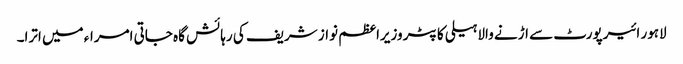
لاہور ائیرپورٹ سے اڑنے والا ہیلی کاپٹر وزیراعظم نواز شریف کی رہائش گاہ جاتی امراء میں اترا۔